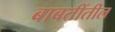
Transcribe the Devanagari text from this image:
बाबतींतील